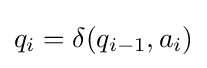
q_{i}=\delta (q_{i-1},a_{i})